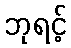
ဘုရင့်